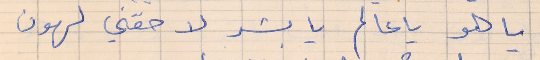
يا هو يا عالم يا بشر لا حقني لهون